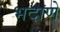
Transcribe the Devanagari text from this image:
भदाणे